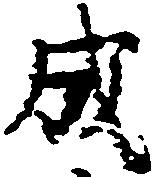
成